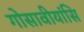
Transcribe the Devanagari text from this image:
गोसावीयांसि